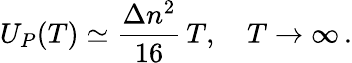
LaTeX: U_{P}(T)\simeq\frac{\Delta n^{2}}{16}\, T,\quad T\to\infty\, {.}